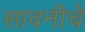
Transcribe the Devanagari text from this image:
सावनीचे